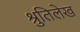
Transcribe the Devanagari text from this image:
श्रुतिलेख